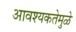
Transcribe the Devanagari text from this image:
आवश्यकतेमुळे